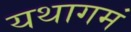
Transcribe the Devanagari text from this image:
यथागमं